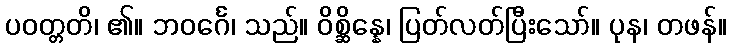
ပဝတ္တတိ၊ ၏။ ဘဝင်္ဂေ၊ သည်။ ဝိစ္ဆိန္နေ၊ ပြတ်လတ်ပြီးသော်။ ပုန၊ တဖန်။